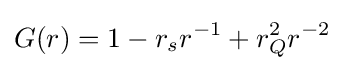
G(r)=1-r_{s}r^{-1}+r_{Q}^{2}r^{-2}